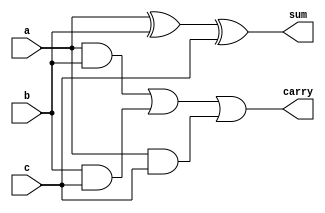
module fuladder( input a,b,c,
                 output sum,carry);

                 assign sum = a ^ b ^ c;
                 assign carry = (a & b) | (b & c) | (a & c);
endmodule

module tb_fuladder (
    output reg a, b, c,
    input wire sum, carry
);
 fuladder uut (
        .a(a),
        .b(b),
        .c(c),
        .sum(sum),
        .carry(carry)
    );

initial begin
        $monitor($time, " a=%b b=%b c=%b sum=%b carry=%b", a, b, c, sum, carry);  //format specifiers

        // Apply test vectors with correct delays
        a = 1'b0; b = 1'b0;  c = 1'b0; #5;
        a = 1'b0; b = 1'b0;  c = 1'b1; #5;
        a = 1'b0; b = 1'b1;  c = 1'b0; #5;
        a = 1'b0; b = 1'b1;  c = 1'b1; #5;
        a = 1'b1; b = 1'b0;  c = 1'b0; #5;
        a = 1'b1; b = 1'b0;  c = 1'b1; #5;
        a = 1'b1; b = 1'b1;  c = 1'b0; #5;
        a = 1'b1; b = 1'b1;  c = 1'b1; #5;

        $finish;  // Terminate the simulation
    end
endmodule
module wb;
    tb_fuladder tb();  // Instantiate the testbench
endmodule